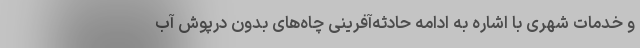
و خدمات شهری با اشاره به ادامه حادثه‌آفرینی چاه‌های بدون درپوش آب